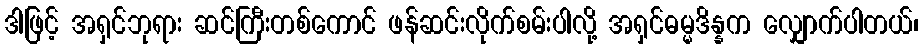
ဒါဖြင့် အရှင်ဘုရား ဆင်ကြီးတစ်ကောင် ဖန်ဆင်းလိုက်စမ်းပါလို့ အရှင်ဓမ္မဒိန္နက လျှောက်ပါတယ်၊